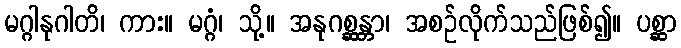
မဂ္ဂါနုဂါတိ၊ ကား။ မဂ္ဂံ၊ သို့။ အနုဂစ္ဆန္တာ၊ အစဉ်လိုက်သည်ဖြစ်၍။ ပစ္ဆာ